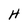
Character: H